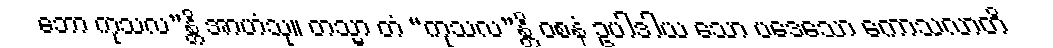
ဘော ကုသလ”န္တိ အာဟံသု။ တသ္မာ တံ “ကုသလ”န္တိ ဝစနံ ဥပါဒါယ သော ပဒေသော ကောသလာတိ